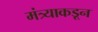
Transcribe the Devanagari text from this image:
मंत्र्याकडून